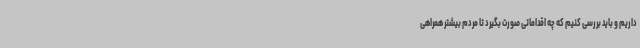
داریم و باید بررسی کنیم که چه اقداماتی صورت بگیرد تا مردم بیشتر همراهی